Relation of titanus [i.e. tetanus] to the hypodermic or intramuscular injection of quinine - Number 43
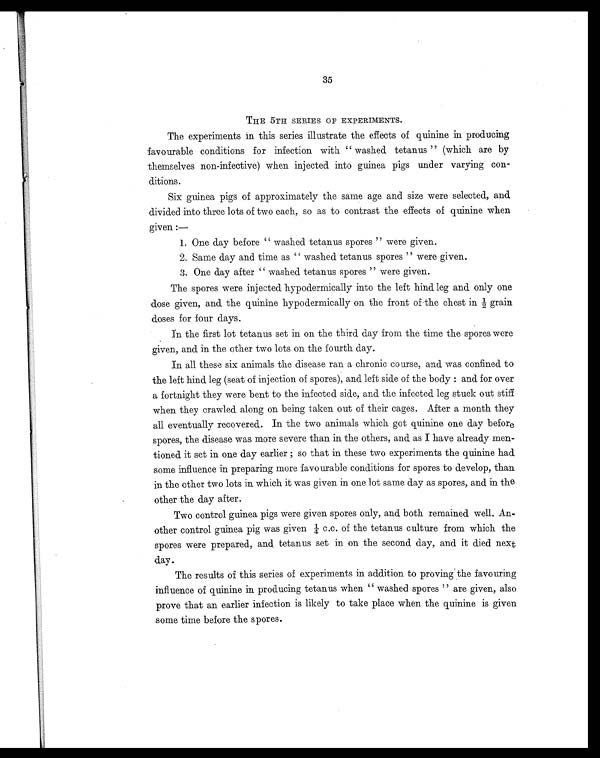
35
THE 5TH SERIES OF EXPERIMENTS.
The experiments in this series illustrate the effects of quinine in producing
favourable conditions for infection with "washed tetanus" (which are by
themselves non-infective) when injected into guinea pigs under varying con-
ditions.
Six guinea pigs of approximately the same age and size were selected, and
divided into three lots of two each, so as to contrast the effects of quinine when
given:—
1. One day before "washed tetanus spores" were given.
2. Same day and time as "washed tetanus spores" were given.
3. One day after "washed tetanus spores" were given.
The spores were injected hypodermically into the left hind leg and only one
dose given, and the quinine hypodermically on the front of the chest in ½ grain
doses for four days.
In the first lot tetanus set in on the third day from the time the spores were
given, and in the other two lots on the fourth day.
In all these six animals the disease ran a chronic course, and was confined to
the left hind leg (seat of injection of spores), and left side of the body: and for over
a fortnight they were bent to the infected side, and the infected leg stuck out stiff
when they crawled along on being taken out of their cages. After a month they
all eventually recovered. In the two animals which got quinine one day before
spores, the disease was more severe than in the others, and as I have already men-
tioned it set in one day earlier; so that in these two experiments the quinine had
some influence in preparing more favourable conditions for spores to develop, than
in the other two lots in which it was given in one lot same day as spores, and in the
other the day after.
Two control guinea pigs were given spores only, and both remained well. An-
other control guinea pig was given ¼ c.c. of the tetanus culture from which the
spores were prepared, and tetanus set in on the second day, and it died next
day.
The results of this series of experiments in addition to proving the favouring
influence of quinine in producing tetanus when "washed spores" are given, also
prove that an earlier infection is likely to take place when the quinine is given
some time before the spores.